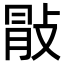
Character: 𢽢